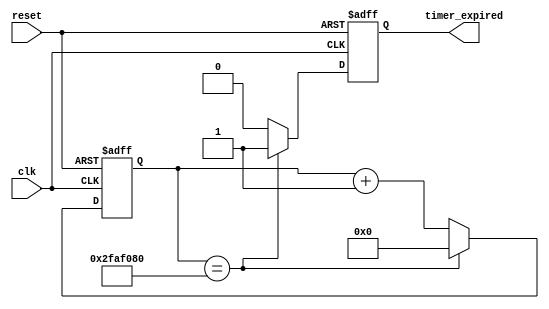
module IntervalTimer(
    input wire clk,
    input wire reset,
    output reg timer_expired
);

reg [31:0] counter;
parameter INTERVAL = 50000000; // Predefined interval of 50,000,000 clock cycles

always @(posedge clk or posedge reset) begin
    if (reset) begin
        counter <= 0;
        timer_expired <= 0;
    end else begin
        counter <= counter + 1;
        if (counter == INTERVAL) begin
            timer_expired <= 1;
            counter <= 0;
        end else begin
            timer_expired <= 0;
        end
    end
end

endmodule